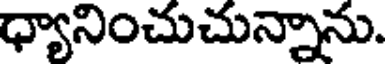
ధ్యానించుచున్నాను.